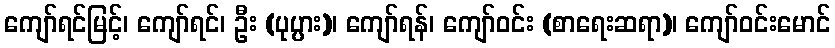
ကျော်ရင်မြင့်၊ ကျော်ရင်၊ ဦး (ပုပ္ပား)၊ ကျော်ရန်၊ ကျော်ဝင်း (စာရေးဆရာ)၊ ကျော်ဝင်းမောင်